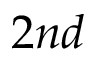
2 { n d }